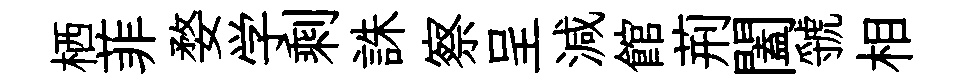
栖菲婺学剩誅察呈減館荊闔虢相